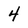
Character: 4